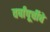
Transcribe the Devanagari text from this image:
वर्षांपूर्चीचे